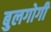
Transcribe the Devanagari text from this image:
बुलगोगी